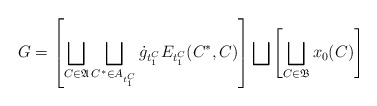
\begin{align*} G= \left[\bigsqcup_{C\in \frak A}\bigsqcup_{C^*\in A_{t_1^C}} \dot{g}_{t_1^C}E_{t_1^C}(C^*,C)\right]\bigsqcup\left[\bigsqcup_{C\in \frak B}x_0(C)\right]\end{align*}